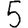
Digit: 5